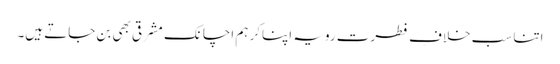
اتنا سب خلافِ فطرت رویہ اپناکر ہم اچانک مشرقی بھی بن جاتے ہیں۔